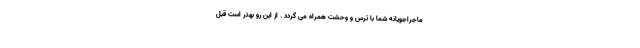
ماجراجویانه شما با ترس و وحشت همراه می گردد . از این رو بهتر است قبل